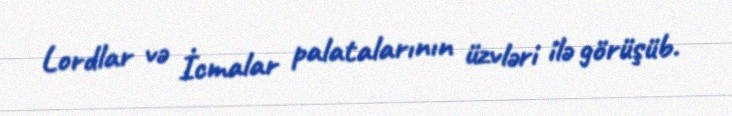
Lordlar və İcmalar palatalarının üzvləri ilə görüşüb.